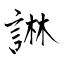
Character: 諃